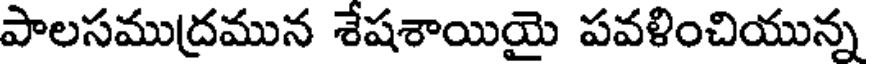
పాలసముద్రమున శేషశాయియై పవళించియున్న